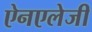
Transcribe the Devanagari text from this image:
ऐनएलेजी